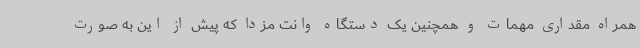
همراه مقداری مهمات و همچنین یک دستگاه وانت مزدا که پیش از این به صورت